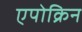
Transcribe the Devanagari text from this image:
एपोक्रिन